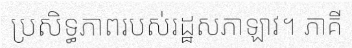
ប្រសិទ្ធភាពរបស់រដ្ឋសភាឡាវ។ ភាគី